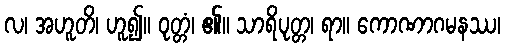
လ၊ အဟူတိ၊ ဟူ၍။ ဝုတ္တံ၊ ၏။ သာရိပုတ္တ၊ ရာ။ ကောဏာဂမနဿ၊